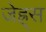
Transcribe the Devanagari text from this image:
जेह्र्स